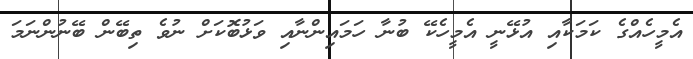
އެމީހެއްގެ ކަމަކާއި އުޅޭނީ އެމީހެކޭ ބުނާ ހަމައިންނާއި ވަޅުބޮކަށް ނުވެ ތިބޭން ބޭނުންނަމަ